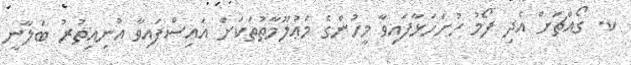
ކ. ގޯއްޗަށް އެދި ފޯމު ހުށަހަޅާފައިވާ މީހުންގެ މަޢުލޫމާތުތަކަށް އައިސްފައިވާ އުނިއިތުރު ބަލާނީ